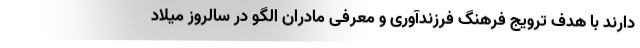
دارند با هدف ترویج فرهنگ فرزندآوری و معرفی مادران الگو در سالروز میلاد